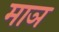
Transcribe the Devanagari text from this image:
माञ